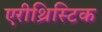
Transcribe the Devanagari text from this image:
एरीथ्रिस्टिक